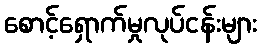
စောင့်ရှောက်မှုလုပ်ငန်းများ